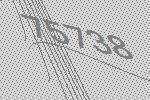
75738